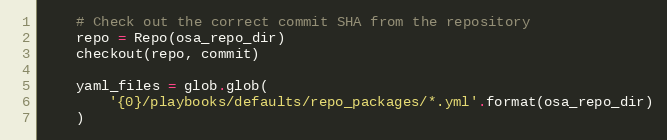
Language: Python
    # Check out the correct commit SHA from the repository
    repo = Repo(osa_repo_dir)
    checkout(repo, commit)

    yaml_files = glob.glob(
        '{0}/playbooks/defaults/repo_packages/*.yml'.format(osa_repo_dir)
    )